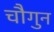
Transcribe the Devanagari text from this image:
चौगुन